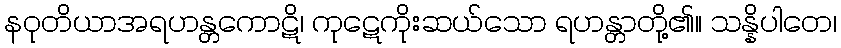
နဝုတိယာအရဟန္တကောဋိ၊ ကုဋေကိုးဆယ်သော ရဟန္တာတို့၏။ သန္နိပါတေ၊